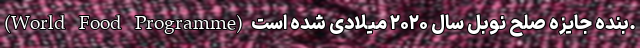
(World Food Programme) بنده جایزه صلح نوبل سال ۲۰۲۰ میلادی شده است.